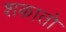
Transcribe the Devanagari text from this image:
शकातो